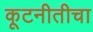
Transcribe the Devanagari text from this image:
कूटनीतीचा